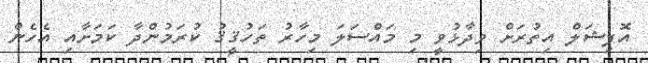
އޮފިޝަލް އިތުރަށް ވިދާޅުވީ މި މައްސަލަ މިހާރު ތަހުޤީޤު ކުރަމުންދާ ކަމަށާއި އެހެން